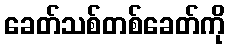
ခေတ်သစ်တစ်ခေတ်ကို